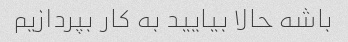
باشه حالا بیایید به کار بپردازیم